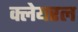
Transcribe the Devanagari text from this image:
क्लेयरल